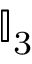
\mathbb { I } _ { 3 }